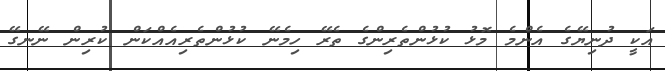
އަކީ ދުނިޔޭގެ އެންމެ މޮޅު ކުޅުންތެރިންގެ ތެރޭ ހިމެނޭ ކުޅުންތެރިއެއްކަން ކުރިން ނޭނގޭ